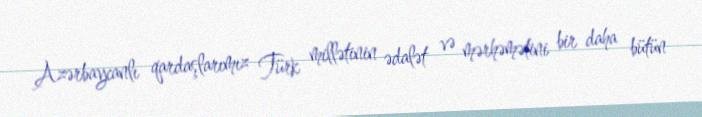
Azərbaycanlı qardaşlarımız Türk millətinin ədalət və mərhəmətini bir daha bütün